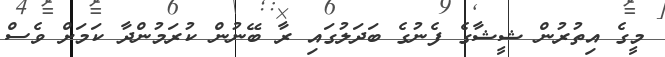
މީގެ އިތުރުން ޝީޝާގެ ފެނުގެ ބަދަލުގައި ރާ ބޭނުން ކުރަމުންދާ ކަމަށް ވެސް